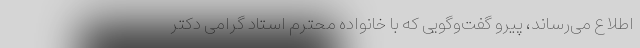
اطلاع می‌رساند، پیرو گفت‌وگویی که با خانواده محترم استاد گرامی دکتر